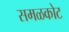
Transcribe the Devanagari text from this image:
समळकोट